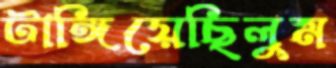
টাঙ্গিয়েছিলুম